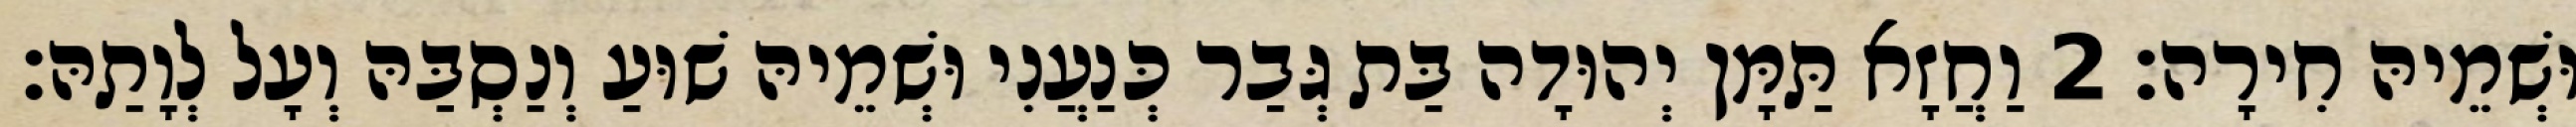
וּשְׁמֵיהּ חִירָה׃ 2 וַחֲזָא תַּמָּן יְהוּדָה בַּת גְּבַר כְּנַעֲנִי וּשְׁמֵיהּ שׁוּעַ וְנַסְבַּהּ וְעָל לְוָתַהּ׃